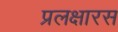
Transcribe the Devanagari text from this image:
प्रलक्षारस